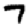
Digit: 7